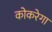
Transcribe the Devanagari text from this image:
कोकरेगा